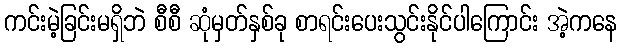
ကင်းမဲ့ခြင်းမရှိဘဲ စီစီ ဆုံမှတ်နှစ်ခု စာရင်းပေးသွင်းနိုင်ပါကြောင်း အဲ့ကနေ